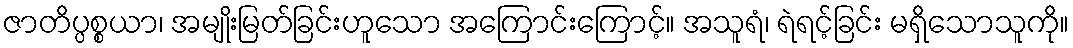
ဇာတိပ္ပစ္စယာ၊ အမျိုးမြတ်ခြင်းဟူသော အကြောင်းကြောင့်။ အသူရံ၊ ရဲရင့်ခြင်း မရှိသောသူကို။